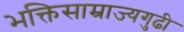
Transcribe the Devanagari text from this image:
भक्तिसाम्राज्यगुढी